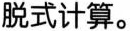
脱式计算。